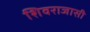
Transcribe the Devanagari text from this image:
शिवराजासी